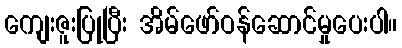
ကျေးဇူးပြုပြီး အိမ်ဖော်ဝန်ဆောင်မှုပေးပါ။